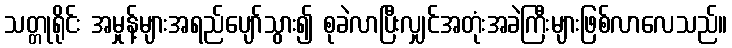
သတ္တုရိုင်း အမှုန့်များအရည်ပျော်သွား၍ စုခဲလာပြီးလျှင်အတုံးအခဲကြီးများဖြစ်လာလေသည်။